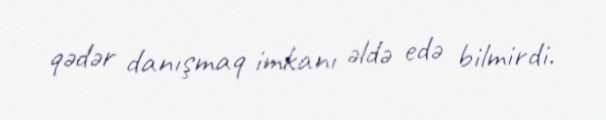
qədər danışmaq imkanı əldə edə bilmirdi.